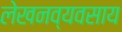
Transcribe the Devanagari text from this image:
लेखनव्यवसाय